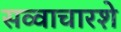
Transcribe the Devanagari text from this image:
सव्वाचारशे